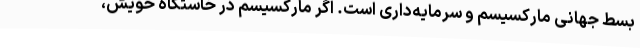
بسط جهانی مارکسیسم و سرمایه‌داری است. اگر مارکسیسم در خاستگاه خویش،